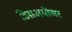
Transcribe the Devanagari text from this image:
डिसअपीयर